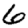
Digit: 6